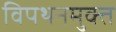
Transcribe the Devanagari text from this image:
विपथनमुक्त